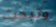
وتبحث